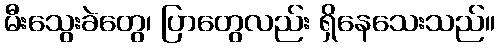
မီးသွေးခဲတွေ၊ ပြာတွေလည်း ရှိနေသေးသည်။